Papers set at the Examination for Leaving Certificates, 1894
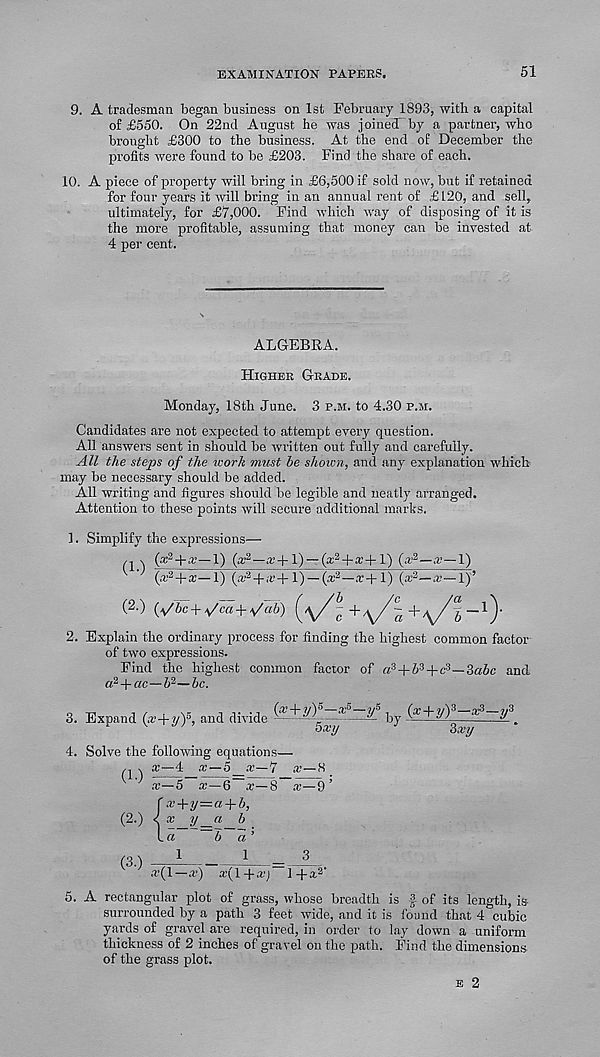
EXAMINATION PAPERS.
51
9. A tradesman began business on 1st February 1893, with a capital
of £550. On 22nd August he was joined by a partner, who
brought £300 to the business. At the end of December the
profits were found to be £203. Find the share of each.
10. A piece of property will bring in £6,500 if sold now, but if retained
for four years it will bring in an annual rent of £ 120, and sell,
ultimately, for £7,000. Find which way of disposing of it is
the more profitable, assuming that money can be invested at
4 per cent.
ALGEBRA.
Higher Grade.
Monday, 18th June. 3 p.m. to 4.30 p.m.
Candidates are not expected to attempt every question.
All answers sent in should be written out fully and carefully.
All the steps of the work must be shown, and any explanation which
may be necessary should be added.
All writing and figures should be legible and neatly arranged.
Attention to these points will secure additional marks.
1. Simplify the expressions—
q \
(x 2 —x+l) — (x 2 +x+l)(x 2 —x—l)
(x 2j rx— 1) (* a 4-;r+1) —(* 2 —1) (x 2 —x—1)’
(2.) (*/bc + A/ca + ^ab)
+ /^/ ? _l).
2. Explain the ordinary process for finding the highest common factor
of two expressions.
Find the highest common factor of a 3 + 5 3 +c 3 —3«Z>c and
a 2 + ac—b 2 —be.
3. Expand (x+y) 5 , and divide
by (£+y) 3 -^-y 3
4. Solve the following equations—
/, s ai—4 x—5_x—7 x—S
x—5 x—6~x—8 x—9’
r x+y=a + b,
(2.) < x y_a b
la
~b a’
(3
^
1
x(l—x) x(l + x)~ 1 + x 2 '
5. A rectangular plot of grass, whose breadth is § of its length, is-
surrounded by a path 3 feet wide, and it is found that 4 cubic
yards of gravel are required, in order to lay down a uniform
thickness of 2 inches of gravel on the path. Find the dimensions
of the grass plot.
e 2